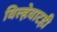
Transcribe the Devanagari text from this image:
विल्हेवाटही